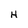
Character: H